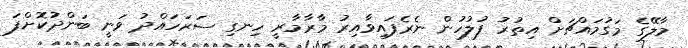
މާލޭގެ މަގުމައްޗަށް އިތުރު ފުލުހުން ނެރެފައިވާއިރު މާރާމާރީ ހިނގި ސަރަހައްދު ވަނީ ބަންދުކޮށްފަ